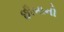
છીબાની